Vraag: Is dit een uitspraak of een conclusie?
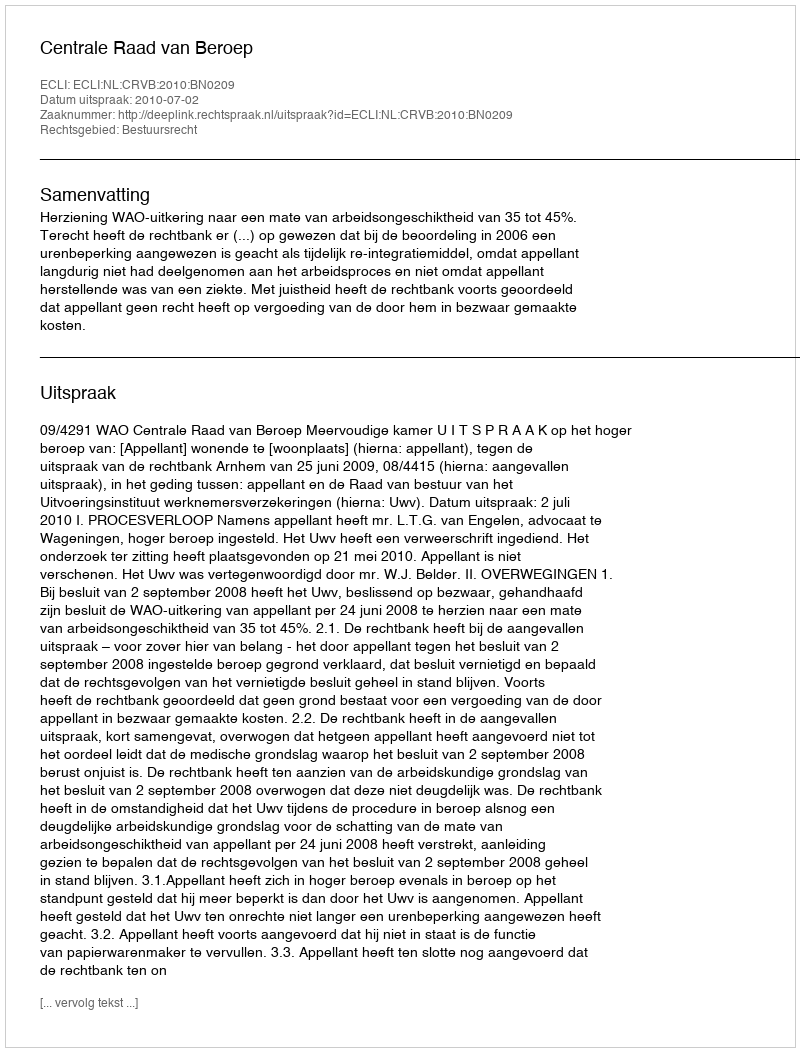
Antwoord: Uitspraak